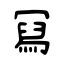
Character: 冩